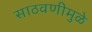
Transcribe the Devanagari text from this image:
साठवणीमुळे